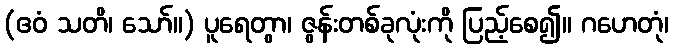
(ဧဝံ သတိ၊ သော်။) ပူရေတွာ၊ ဇွန်းတစ်ခုလုံးကို ပြည့်စေ၍။ ဂဟေတုံ၊